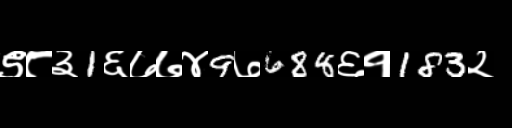
Text: ९८३1६७७४9७688६१183२